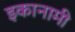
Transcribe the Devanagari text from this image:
इकानामी